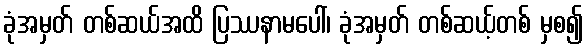
ခုံအမှတ် တစ်ဆယ်အထိ ပြဿနာမပေါ်၊ ခုံအမှတ် တစ်ဆယ့်တစ် မှစ၍